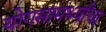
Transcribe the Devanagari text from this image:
योगसामर्थ्यांचा